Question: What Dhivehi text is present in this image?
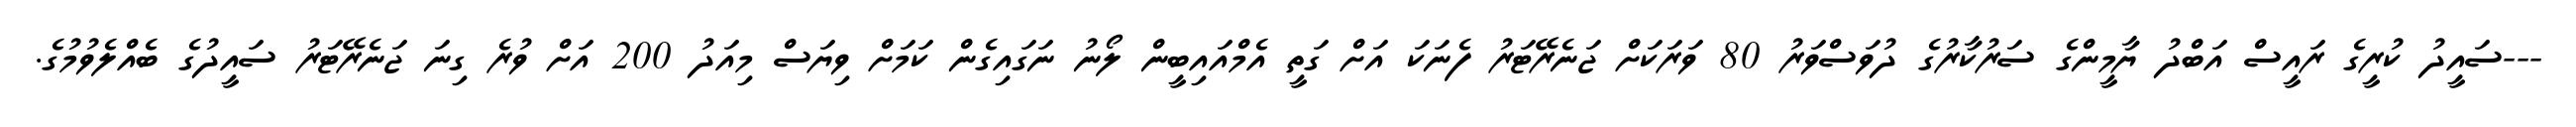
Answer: ---ސައީދު ކުރީގެ ރައީސް އަބްދު ޔާމީންގެ ސަރުކާރުގެ ދުވަސްވަރު 80 ވަރަކަށް ޖަނެރޭޓަރު ފެނަކަ އަށް ގަތީ އެމްއައިބީން ލޯނު ނަގައިގެން ކަމަށް ވިޔަސް މިއަދު 200 އަށް ވުރެ ގިނަ ޖަނެރޭޓަރު ސައީދުގެ ބެއްލެވުމުގެ.